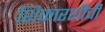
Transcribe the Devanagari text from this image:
शिफारशीची